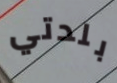
بلدتي